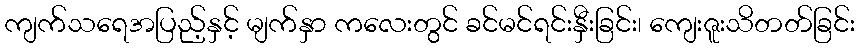
ကျက်သရေအပြည့်နှင့် မျက်နှာ ကလေးတွင် ခင်မင်ရင်းနှီးခြင်း၊ ကျေးဇူးသိတတ်ခြင်း